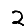
Digit: 2